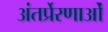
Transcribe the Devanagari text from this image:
अंतर्प्रेरणाओं